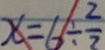
x = 6 \div \frac { 2 } { 7 }